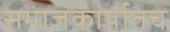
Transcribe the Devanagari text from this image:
समाजकार्यातच